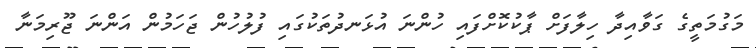
މަގުމަތީގެ ގަވާއިދާ ހިލާފަށް ޕާކުކޮށްފައި ހުންނަ އުޅަނދުތަކުގައި ފުލުހުން ޖަހަމުން އަންނަ ޖޫރިމަނާ